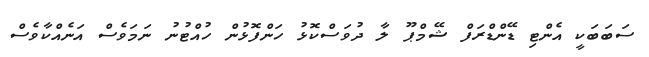
ސަބަބަކީ އެންޓި ޑޭންޑްރަފް ޝޭމްޕޫ ލާ ދުވަސްކޮޅު ހަންފޮޅުން ހުއްޓުނު ނަމަވެސް އަނެއްކާވެސް